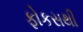
ફોકસથી